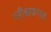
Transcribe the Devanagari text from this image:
परीक्षकपद